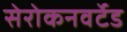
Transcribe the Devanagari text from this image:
सेरोकनवर्टेड